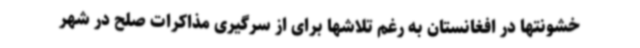
خشونتها در افغانستان به رغم تلاشها برای از سرگیری مذاکرات صلح در شهر